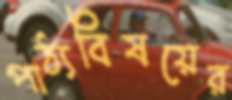
পাঠ্যবিষয়ের